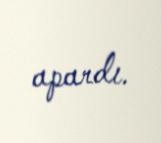
apardı.